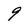
Character: 9